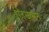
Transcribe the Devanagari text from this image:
ज़ियामेन